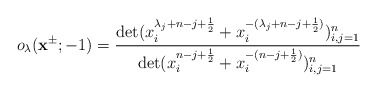
\begin{align*}o_\lambda(\mathbf{x}^{\pm};-1)=\frac{\det(x^{\lambda_j+n-j+\frac{1}{2}}_i+x^{-(\lambda_j+n-j+\frac{1}{2})}_i)^{n}_{i,j=1}}{\det(x^{n-j+\frac{1}{2}}_i+x^{-(n-j+\frac{1}{2})}_i)^{n}_{i,j=1}}\end{align*}